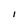
Character: i